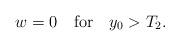
LaTeX: \begin{align*}w=0\ \ \ \mbox{for}\ \ \ y_0>T_2.\end{align*}